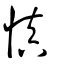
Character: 慎